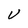
Character: V